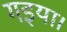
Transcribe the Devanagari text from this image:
गइया।